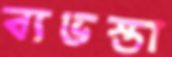
ব্যভস্তা